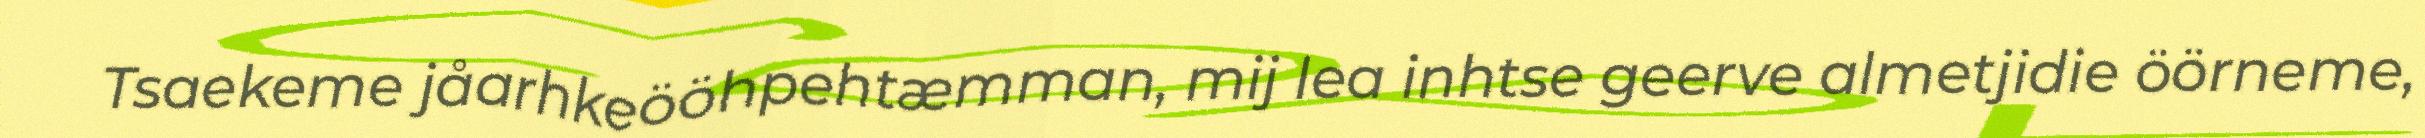
Tsaekeme jåarhkeööhpehtæmman, mij lea inhtse geerve almetjidie öörneme,